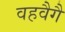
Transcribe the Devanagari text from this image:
वहवैगै